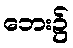
ဘေး၌